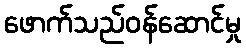
ဖောက်သည်ဝန်ဆောင်မှု